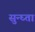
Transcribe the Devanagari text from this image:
सुन्घ्ता